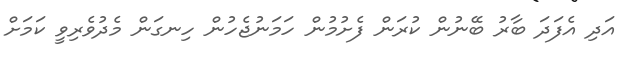
އަދި އެފަދަ ބާރު ބޭނުން ކުރަން ފެށުމުން ހަމަނުޖެހުން ހިނގަން މެދުވެރިވީ ކަމަށް